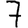
Digit: 7